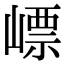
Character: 㟽